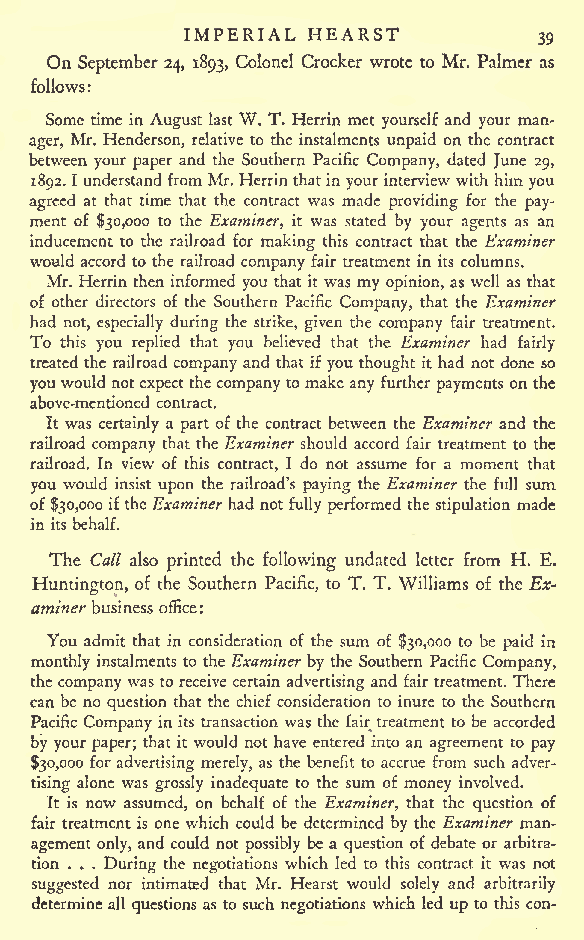
IMPERIAL HEARST
 39
 On September 24, 1893, Colonel Crocker wrote to Mr. Palmer as
 follows:
 Some time in August last W. T. Herrin met yourself and your man-
 ager, Mr. Henderson, relative to the instalments unpaid on the contract
 between your paper and the Southern Pacific Company, dated June 29,
 1892.1 understandfromMr.Herrinthatin yourinterview with him you
 agreed at that time that the contract was made providing for the pay-
 ment of $30,000 to the Examiner, it was stated by your agents as an
 inducement to the railroad for making this contract that the Examiner
 would accord to the railroad company fair treatment in its columns.
 Mr. Herrin then informed you that it was my opinion, as well as that
 of other directors of the Southern Pacific Company, that the Examiner
 had not, especially during the strike, given the company fair treatment.
 To this you replied that you believed that the Examiner had fairly
 treated the railroad company and that ifyou thought it had not done so
 youwould notexpectthe company to make any furtherpayments onthe
 above-mentioned contract.
 It was certainly a part of the contract between the Examiner and the
 railroad company that the Examiner should accord fair treatment to the
 railroad. In view of this contract, I do not assume for a moment that
 you would insist upon the railroad's paying the Examiner the full sum
 of$30,000iftheExaminerhad notfully performed the stipulation made
 in its behalf.
 The Call also printed the following undated letter from H. E.
 Huntington, of the Southern Pacific, to T. T. Williams of the Ex-
 aminerbusiness office:
 You admit that in consideration of the sum of $30,000 to be paid in
 monthly instalments to the Examiner by the Southern Pacific Company,
 the company was to receive certain advertising and fair treatment. There
 can be no question that the chief consideration to inure to the Southern
 Pacific Company in its transaction was the fair treatment to be accorded
 by your paper; that it would not have entered into an agreement to pay
 $30,000 for advertising merely, as the benefit to accrue from such adver-
 tising alone was grossly inadequate to the sum of money involved.
 It is now assumed, on behalf of the Examiner, that the question of
 fair treatment is one which could be determined by the Examiner man-
 agement only, and could not possibly be a question of debate or arbitra-
 tion . . . During the negotiations which led to this contract it was not
 suggested nor intimated that Mr. Hearst would solely and arbitrarily
 determine all questions as to such negotiations which led up to this con-